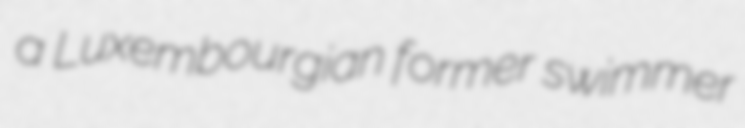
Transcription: a Luxembourgian former swimmer